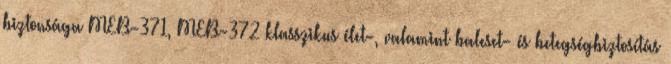
biztonsága MEB-371, MEB-372 klasszikus élet-, valamint baleset- és betegségbiztosítás